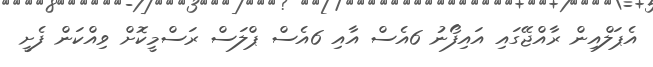
އެޕަލްއިން ރާއްޖޭގައި އައިފޯނު 6އެސް އާއި 6އެސް ޕްލަސް ރަސްމީކޮށް ވިއްކަން ފެށީ